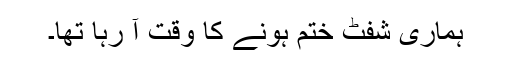
ہماری شفٹ ختم ہونے کا وقت آ رہا تھا۔